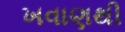
ખવાણથી